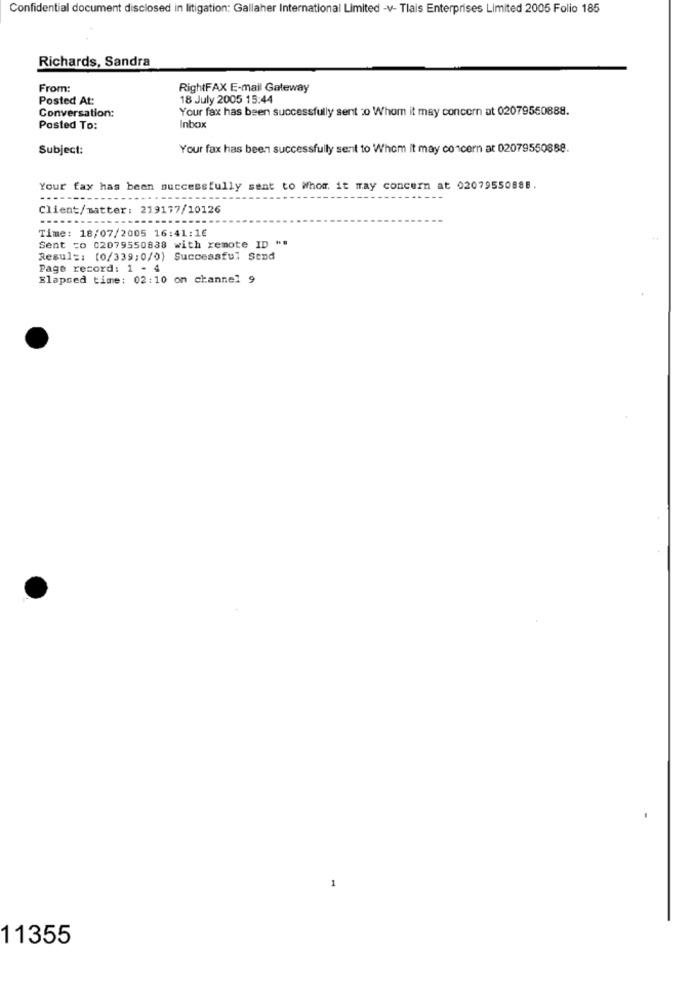
Confidential document disclosed in litigation: Gallaher International Limited -v- Tlais Enterprises Limited 2005 Folio 185
Richards, Sandra
From:
RightFAX E-mail Gateway
Posted At:
18 July 2005 15:44
Conversation:
Your fax has been successfully sent 20 Whom it may concern at 02079550888.
Posted To:
Inbox
Subject:
Your fax has been successfully sent to Whom it may concern at 02079550888.
Your fax has been successfully sent to Whom it may concern at 02079550888.
Client/matter: 219177/10126
Time: 18/07/2005 16:41:16
Sent =o 02079550838 with remote ID ""
Resul =: (0/339;0/0) Successful Send
Page record: 1 - 4
Elapsed time: 02:10 on channel 9
1
11355